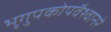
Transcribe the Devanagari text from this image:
भृगुपकोपवैश्वानरे